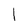
Character: 1